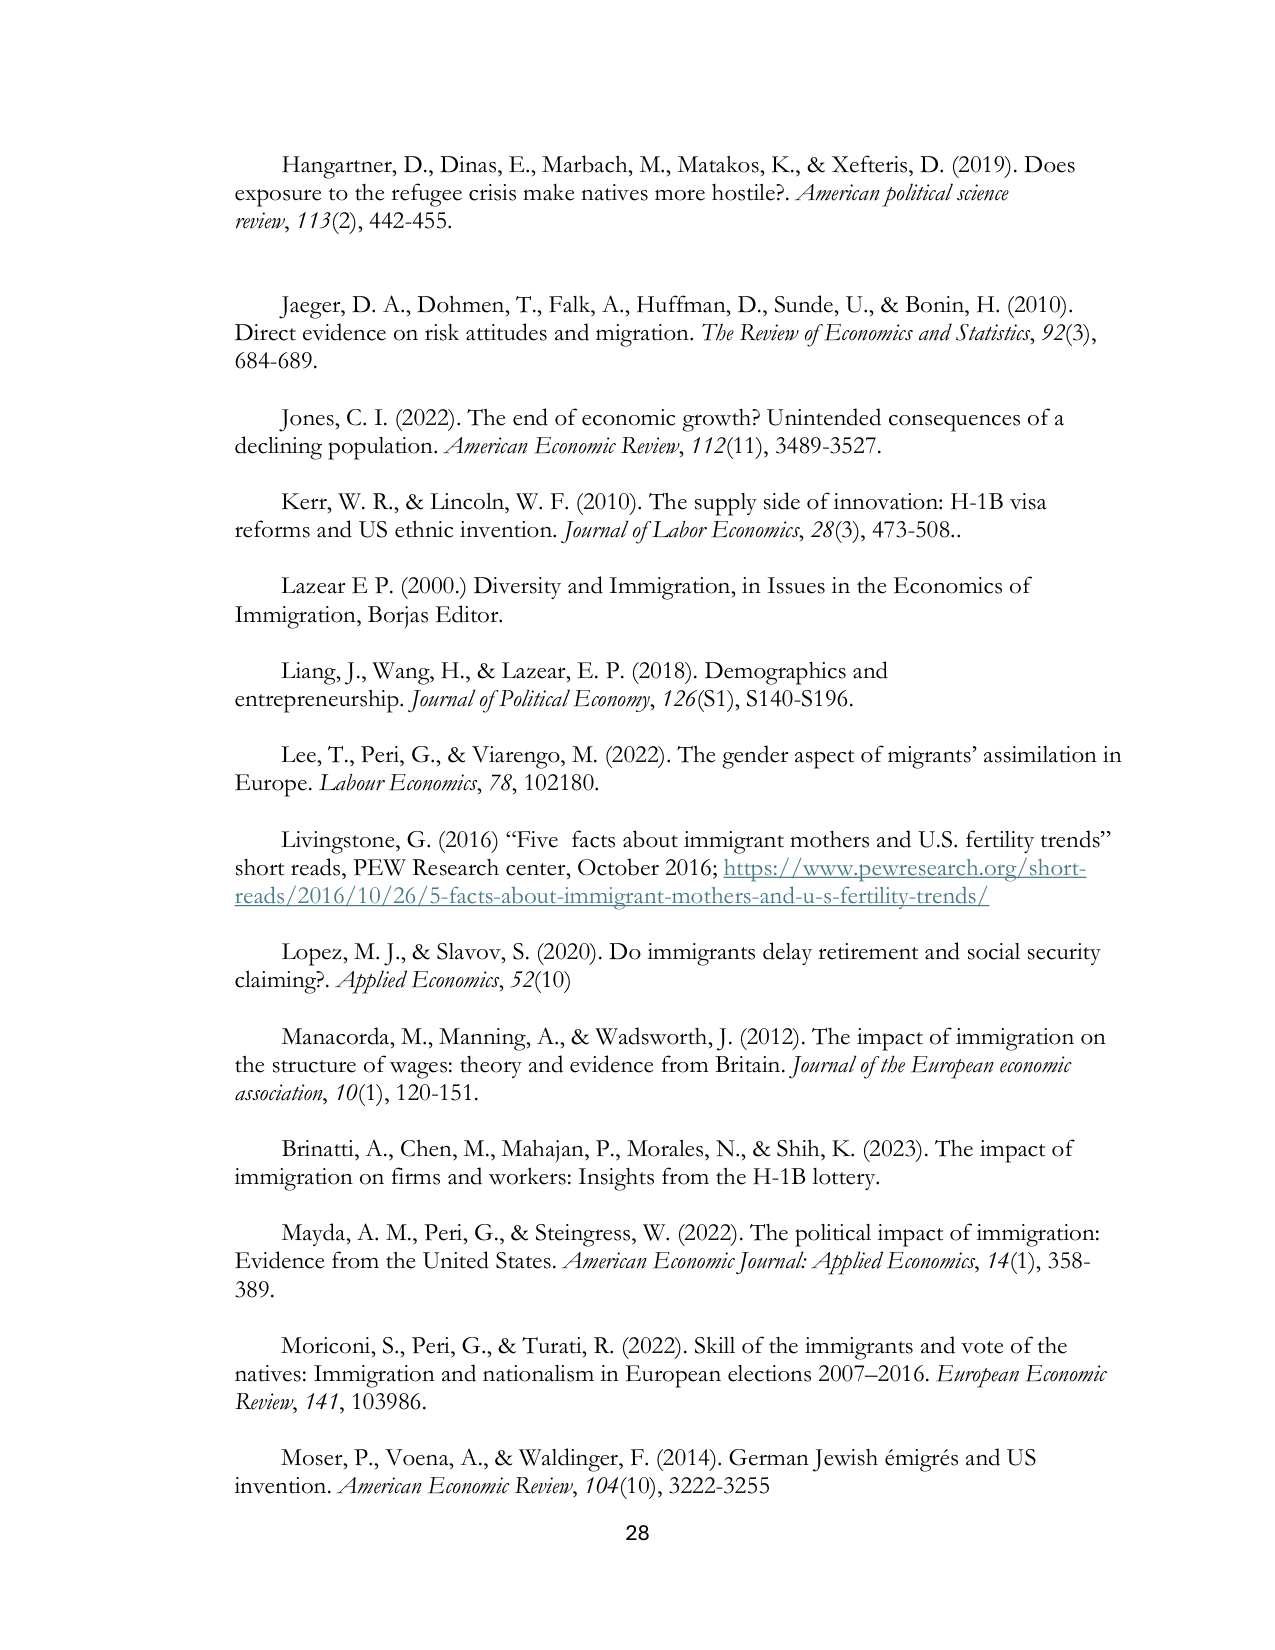
Hangartner, D., Dinas, E., Marbach, M., Matakos, K., & Xeferis, D. (2019). Does exposure to the refugee crisis make natives more hostile?. American political science review, 113(2), 442-455.

Jaeger, D. A., Dohmen, T., Falk, A., Huffman, D., Sunde, U., & Bonin, H. (2010). Direct evidence on risk attitudes and migration. The Review of Economics and Statistics, 92(3), 684-689.

Jones, C. I. (2022). The end of economic growth? Unintended consequences of a declining population. American Economic Review, 112(11), 3489-3527.

Kerr, W. R., & Lincoln, W. F. (2010). The supply side of innovation: H-1B visa reforms and US ethnic invention. Journal of Labor Economics, 28(3), 473-508.

Lazear E P. (2000.) Diversity and Immigration, in Issues in the Economics of Immigration, Borjas Editor.

Liang, J., Wang, H., & Lazear, E. P. (2018). Demographics and entrepreneurship. Journal of Political Economy, 126(S1), S140-S196.

Lee, T., Peri, G., & Viarengo, M. (2022). The gender aspect of migrants’ assimilation in Europe. Labour Economics, 78, 102180.

Livingstone, G. (2016) “Five facts about immigrant mothers and U.S. fertility trends” short reads, PEW Research center, October 2016; https://www.pewresearch.org/short-reads/2016/10/26/5-facts-about-immigrant-mothers-and-u-s-fertility-trends/

Lopez, M. J., & Slavov, S. (2020). Do immigrants delay retirement and social security claiming?. Applied Economics, 52(10)

Manacorda, M., Manning, A., & Wadsworth, J. (2012). The impact of immigration on the structure of wages: theory and evidence from Britain. Journal of the European economic association, 10(1), 120-151.

Brinatti, A., Chen, M., Mahajan, P., Morales, N., & Shih, K. (2023). The impact of immigration on firms and workers: Insights from the H-1B lottery.

Mayda, A. M., Peri, G., & Steingress, W. (2022). The political impact of immigration: Evidence from the United States. American Economic Journal: Applied Economics, 14(1), 358-389.

Moriconi, S., Peri, G., & Turati, R. (2022). Skill of the immigrants and vote of the natives: Immigration and nationalism in European elections 2007–2016. European Economic Review, 141, 103986.

Moser, P., Voena, A., & Waldinger, F. (2014). German Jewish émigrés and US invention. American Economic Review, 104(10), 3222-3255

28